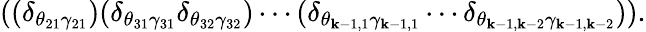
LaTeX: ((\delta_{\theta_{21}\gamma_{21}})(\delta_{\theta_{31}\gamma_{31}}\delta_{\theta_{32}\gamma_{32}})\cdots(\delta_{\theta_{\mathbf{k}-1,1}\gamma_{\mathbf{k}-1,1}}\cdots\delta_{\theta_{\mathbf{k}-1,\mathbf{k}-2}\gamma_{\mathbf{k}-1,\mathbf{k}-2}})).